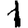
Digit: 1